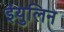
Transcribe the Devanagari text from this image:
इंयुलिन